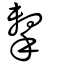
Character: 毄